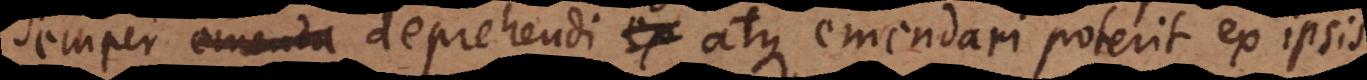
semper emenda deprehendi ex atque emendari poterit ex ipsis